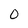
Character: 0